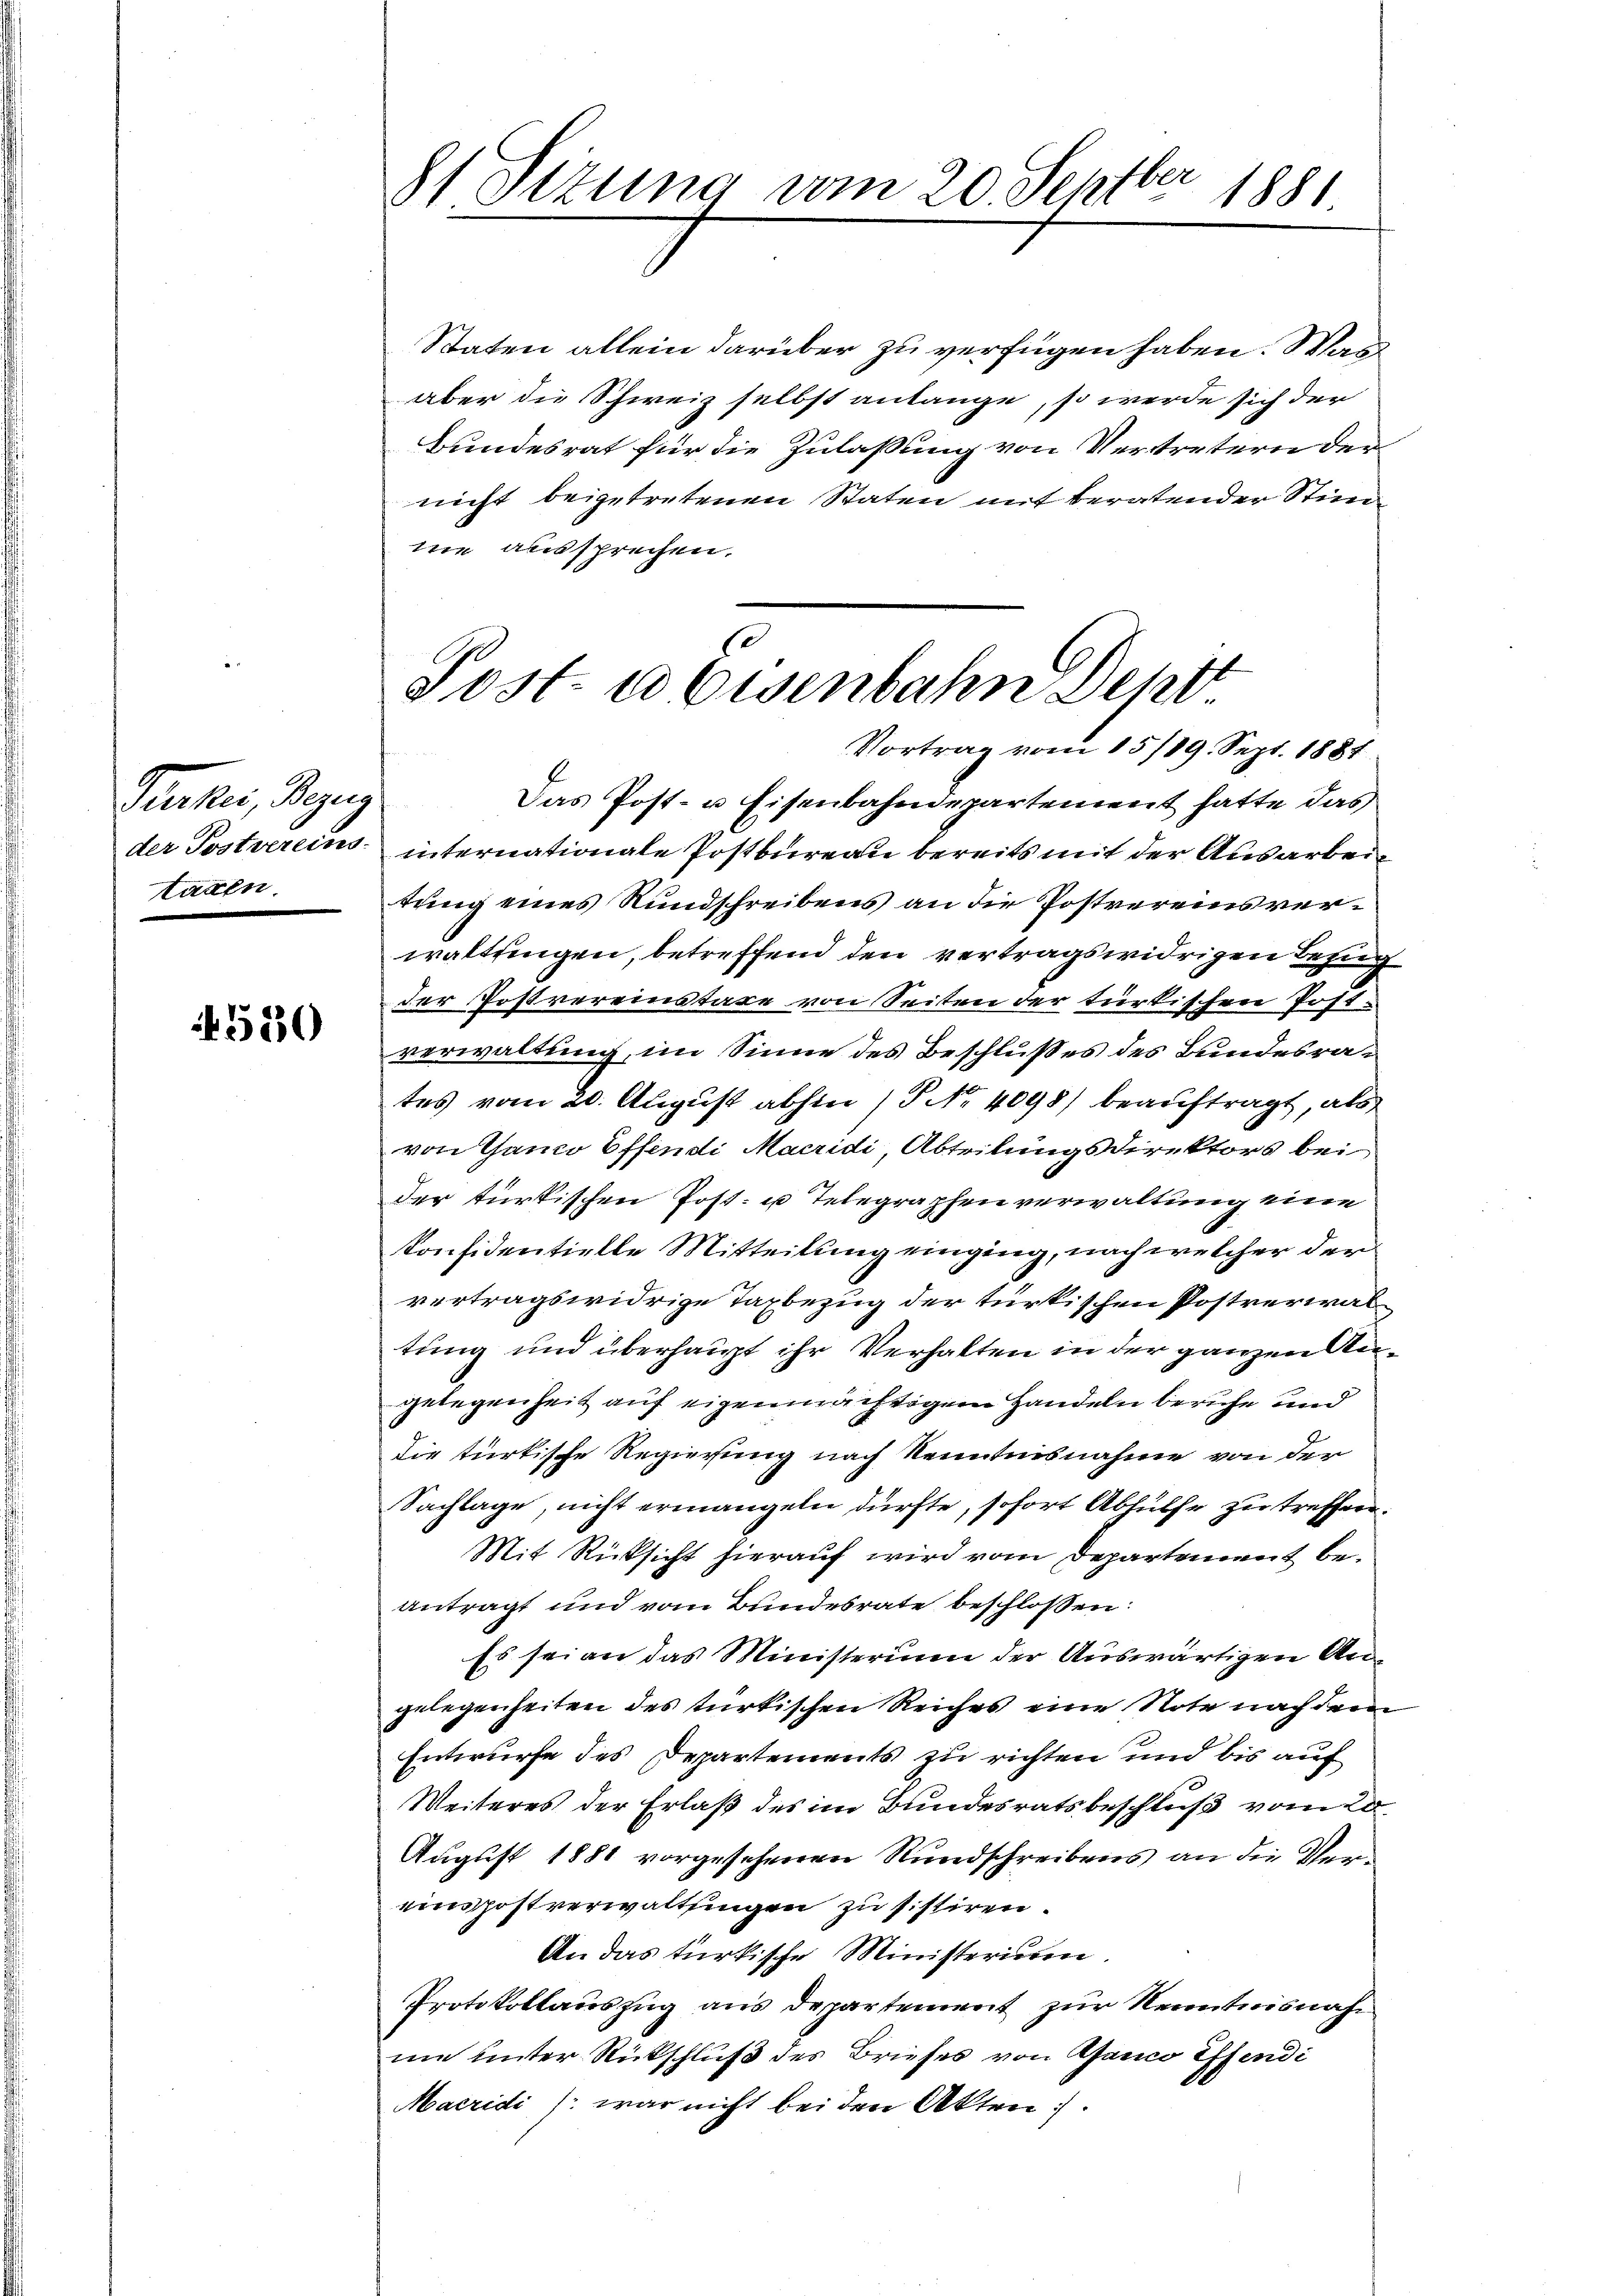
Perker, Bezug
tagen.

4530

Staten allein darüber zu verfügen haben. Was
aber die Schweiz selbst anlange, so werde sich der
Bundesrat für die Zulassung von Vertretern der
nicht beigetretenen Staten mit beratender Stim
ne aussprechen.
der Postvereins internationale Postbureau bereits mit der Ausarbeitung eines Rundschreibens an die Postvereins verwaltungen, betreffend den vertragswidrigen Bezug
der Postvereinstaxe von Seiten der türkischen Post-
verwaltung, im Sinne des Beschlußes des Bundesrates vom 20. August abhin (P No. 4098) beauftragt, als
von Ganco Effendi Macridi, Abteilungsdirektors bei
der türkischen Post- u Telegraphen verwaltung eine
konfidentielle Mitteilung einging, nach welcher der
vertragswidrige Taxbezug der türkischen Postrerwaltung und überhaupt ihr Verhalten in der ganzen Angelegenheit auf eigenmächtigem Handeln beruhe und
die türkische Regierung nach Kenntnisnahme von der
Sachlage, nicht ermangeln dürfte, sofort Abhülfe zu treffen.
Mit Rücksicht hierauf wird vom Departement beantragt und vom Bundesrate beschlossen:
Es sei an das Ministerium der Auswärtigen Angelegenheiten des türkischen Reiches eine Note nach dem
Entwurfe des Departements zu richten und bis auf
Weiteres der Erlaß des im Bundesratsbeschluß vom 20.
August 1881 vorgesehenen Rundschreibens an die Vereinspostverwaltsingen zu sistiren.
An das türkische Ministerium.
Protokollauszug aus departement zur Kenntnisnahme unter Rückschluß des Briefes von Aanco Effendi
Macridi /: war nicht bei den Akten.

8) Sizung vom 20. Sept.
1881

e
Post- u Eisenbahn Sent
Vortrag vom 15/19. Sept. 1881
Das Post- u Eisenbahndepartement hatte das